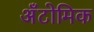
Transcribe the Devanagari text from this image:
अँटोमिक